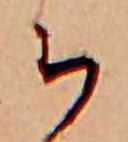
ち